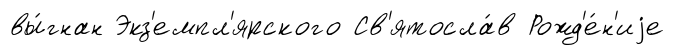
вы́гнан Экз'емпл'ярского Св'ятосла́в Рожд'е́н'иjе